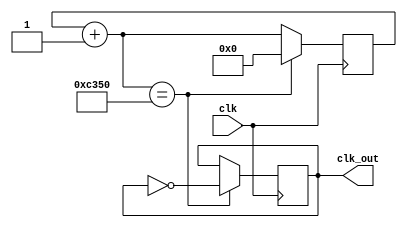
module Clock1kHz_s(clk_out, clk);

    input clk; 
    output clk_out; 

    reg [18:0] counter = 0;
    reg clk_temp;        

    always @(posedge clk ) begin
        counter = counter + 1; 
        if (counter == 50000) begin         //count to 50,000 for 1000 Hz 
            counter = 0; 
            clk_temp = ~clk_temp; 
        end       
    end 

    assign clk_out = clk_temp; 

endmodule